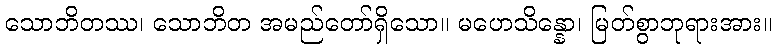
သောဘိတဿ၊ သောဘိတ အမည်တော်ရှိသော။ မဟေသိန္နော၊ မြတ်စွာဘုရားအား။